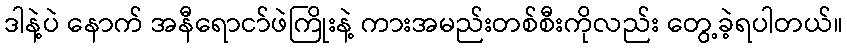
ဒါနဲ့ပဲ နောက် အနီရောငာ်ဖဲကြိုးနဲ့ ကားအမည်းတစ်စီးကိုလည်း တွေ့ခဲ့ရပါတယ်။